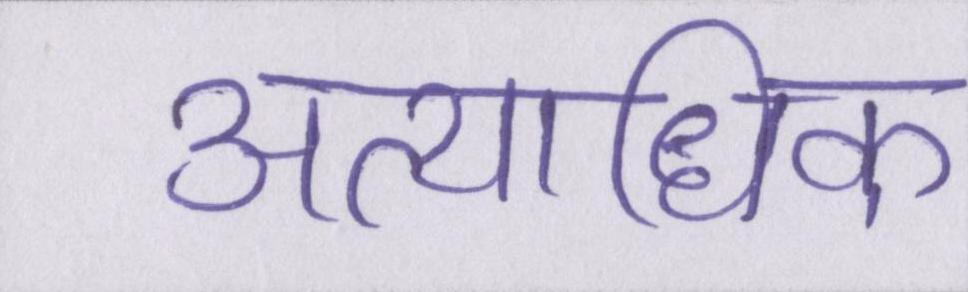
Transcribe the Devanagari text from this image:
अत्यधिक